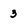
Character: 3